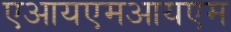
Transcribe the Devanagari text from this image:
एआयएमआयएम